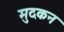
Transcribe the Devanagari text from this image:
मुदकन